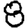
Digit: 8